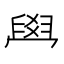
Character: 𦥯